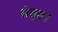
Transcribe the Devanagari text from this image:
संतुष्ट।